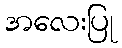
အလေးပြု